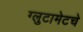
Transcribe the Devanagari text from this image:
ग्लुटामेटचे